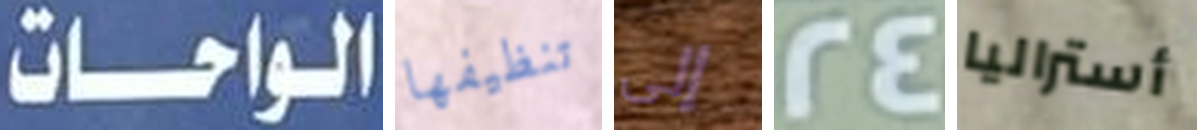
الواحات تنظيفها إلى 24 أستراليا